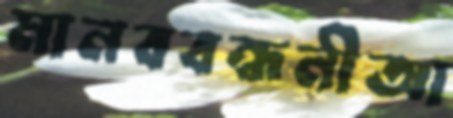
মানববন্ধনীআ